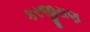
કરજીસણ